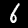
Digit: 6